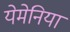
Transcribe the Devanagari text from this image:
येमेनिया